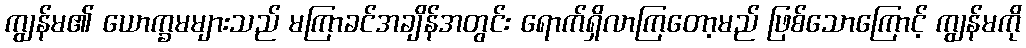
ကျွန်မ၏ ယောက္ခမများသည် မကြာခင်အချိန်အတွင်း ရောက်ရှိလာကြတော့မည် ဖြစ်သောကြောင့် ကျွန်မကို